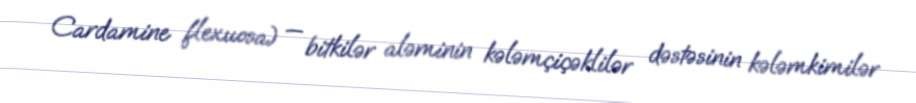
Cardamine flexuosa) — bitkilər aləminin kələmçiçəklilər dəstəsinin kələmkimilər